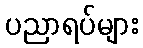
ပညာရပ်များ